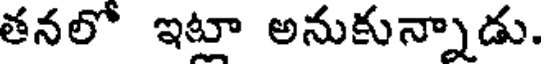
తనలో ఇట్లా అనుకున్నాడు.